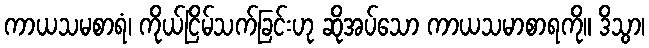
ကာယသမစာရံ၊ ကိုယ်ငြိမ်သက်ခြင်းဟု ဆိုအပ်သော ကာယသမာစာရကို။ ဒိသွာ၊